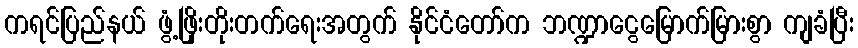
ကရင်ပြည်နယ် ဖွံ့ဖြိုးတိုးတက်ရေးအတွက် နိုင်ငံတော်က ဘဏ္ဍာငွေမြောက်မြားစွာ ကျခံပြီး